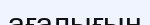
ағалығын